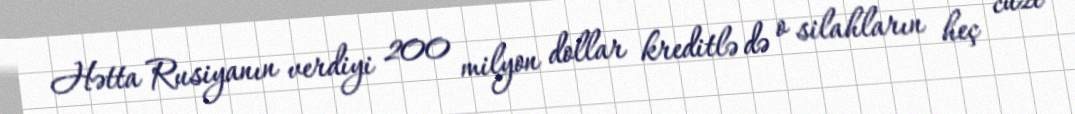
Hətta Rusiyanın verdiyi 200 milyon dollar kreditlə də o silahların heç cüzi